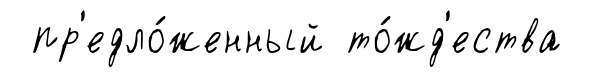
пр'едло́женный то́жд'ества